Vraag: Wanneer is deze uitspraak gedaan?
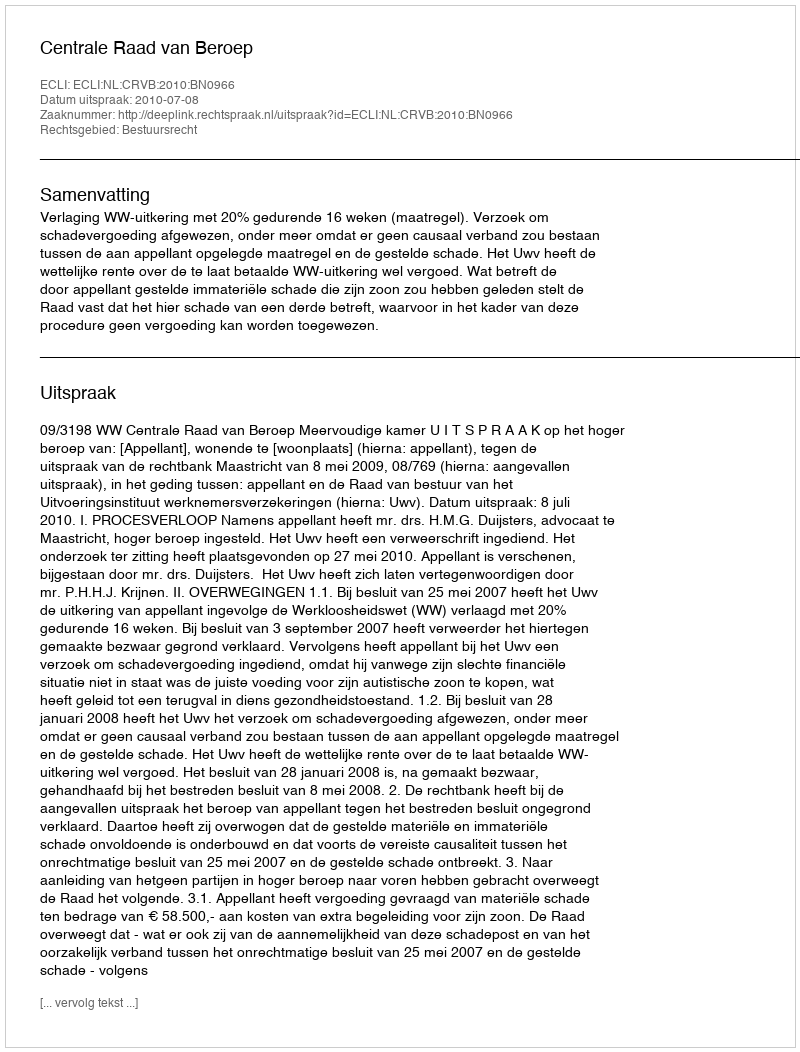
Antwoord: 2010-07-08